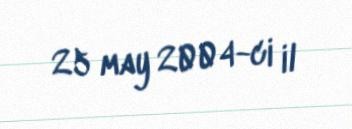
25 may 2004-ci il